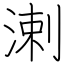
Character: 溂